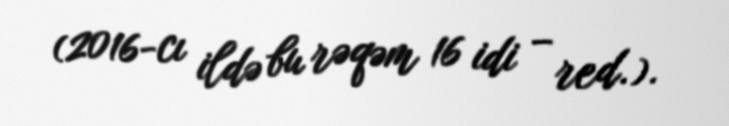
(2016-cı ildə bu rəqəm 16 idi – red.).